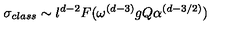
\sigma _ { c l a s s } \sim l ^ { d - 2 } F ( \omega ^ { ( d - 3 ) } g Q \alpha ^ { ( d - 3 / 2 ) } )